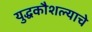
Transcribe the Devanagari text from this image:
युद्धकौशल्याचे